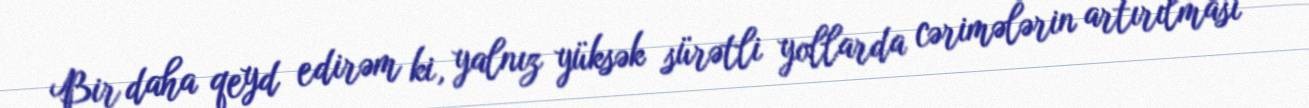
Bir daha qeyd edirəm ki, yalnız yüksək sürətli yollarda cərimələrin artırılması